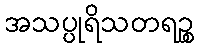
အသပ္ပုရိသတရဉ္စ